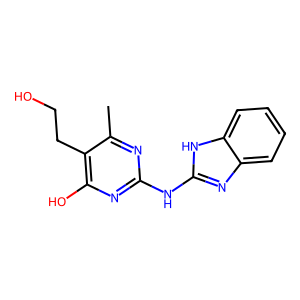
SMILES: Cc1nc(Nc2nc3ccccc3[nH]2)nc(O)c1CCO
Inhibits HIV replication: No